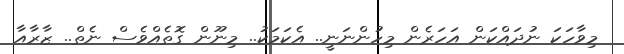
މިވާހަކަ ނުދައްކަން އަހަރެން މިހުންނަނީ.. އެކަމަކު.. މިނޫން ގޮތެއްވެސް ނެތް.. ޒާރާއާ